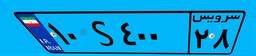
۰۶S۶۳۵۰۴